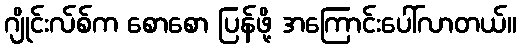
ဂျိုင်းလ်စ်က စောစော ပြန်ဖို့ အကြောင်းပေါ်လာတယ်။